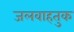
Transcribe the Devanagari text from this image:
जलवाहतुक